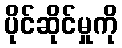
ပိုင်ဆိုင်မှုကို